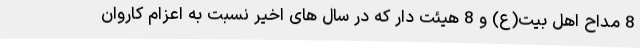
8 مداح اهل بیت(ع) و 8 هیئت دار که در سال های اخیر نسبت به اعزام کاروان